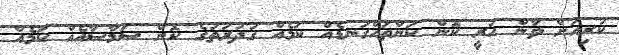
ކުރިއަށް ވާން ހުރީ ކޮން ކަންތައްގަނޑެއް ކަމެއް ގުދުރަތުގެ ކޮން ސަމާސާއެއް ކަމެއް